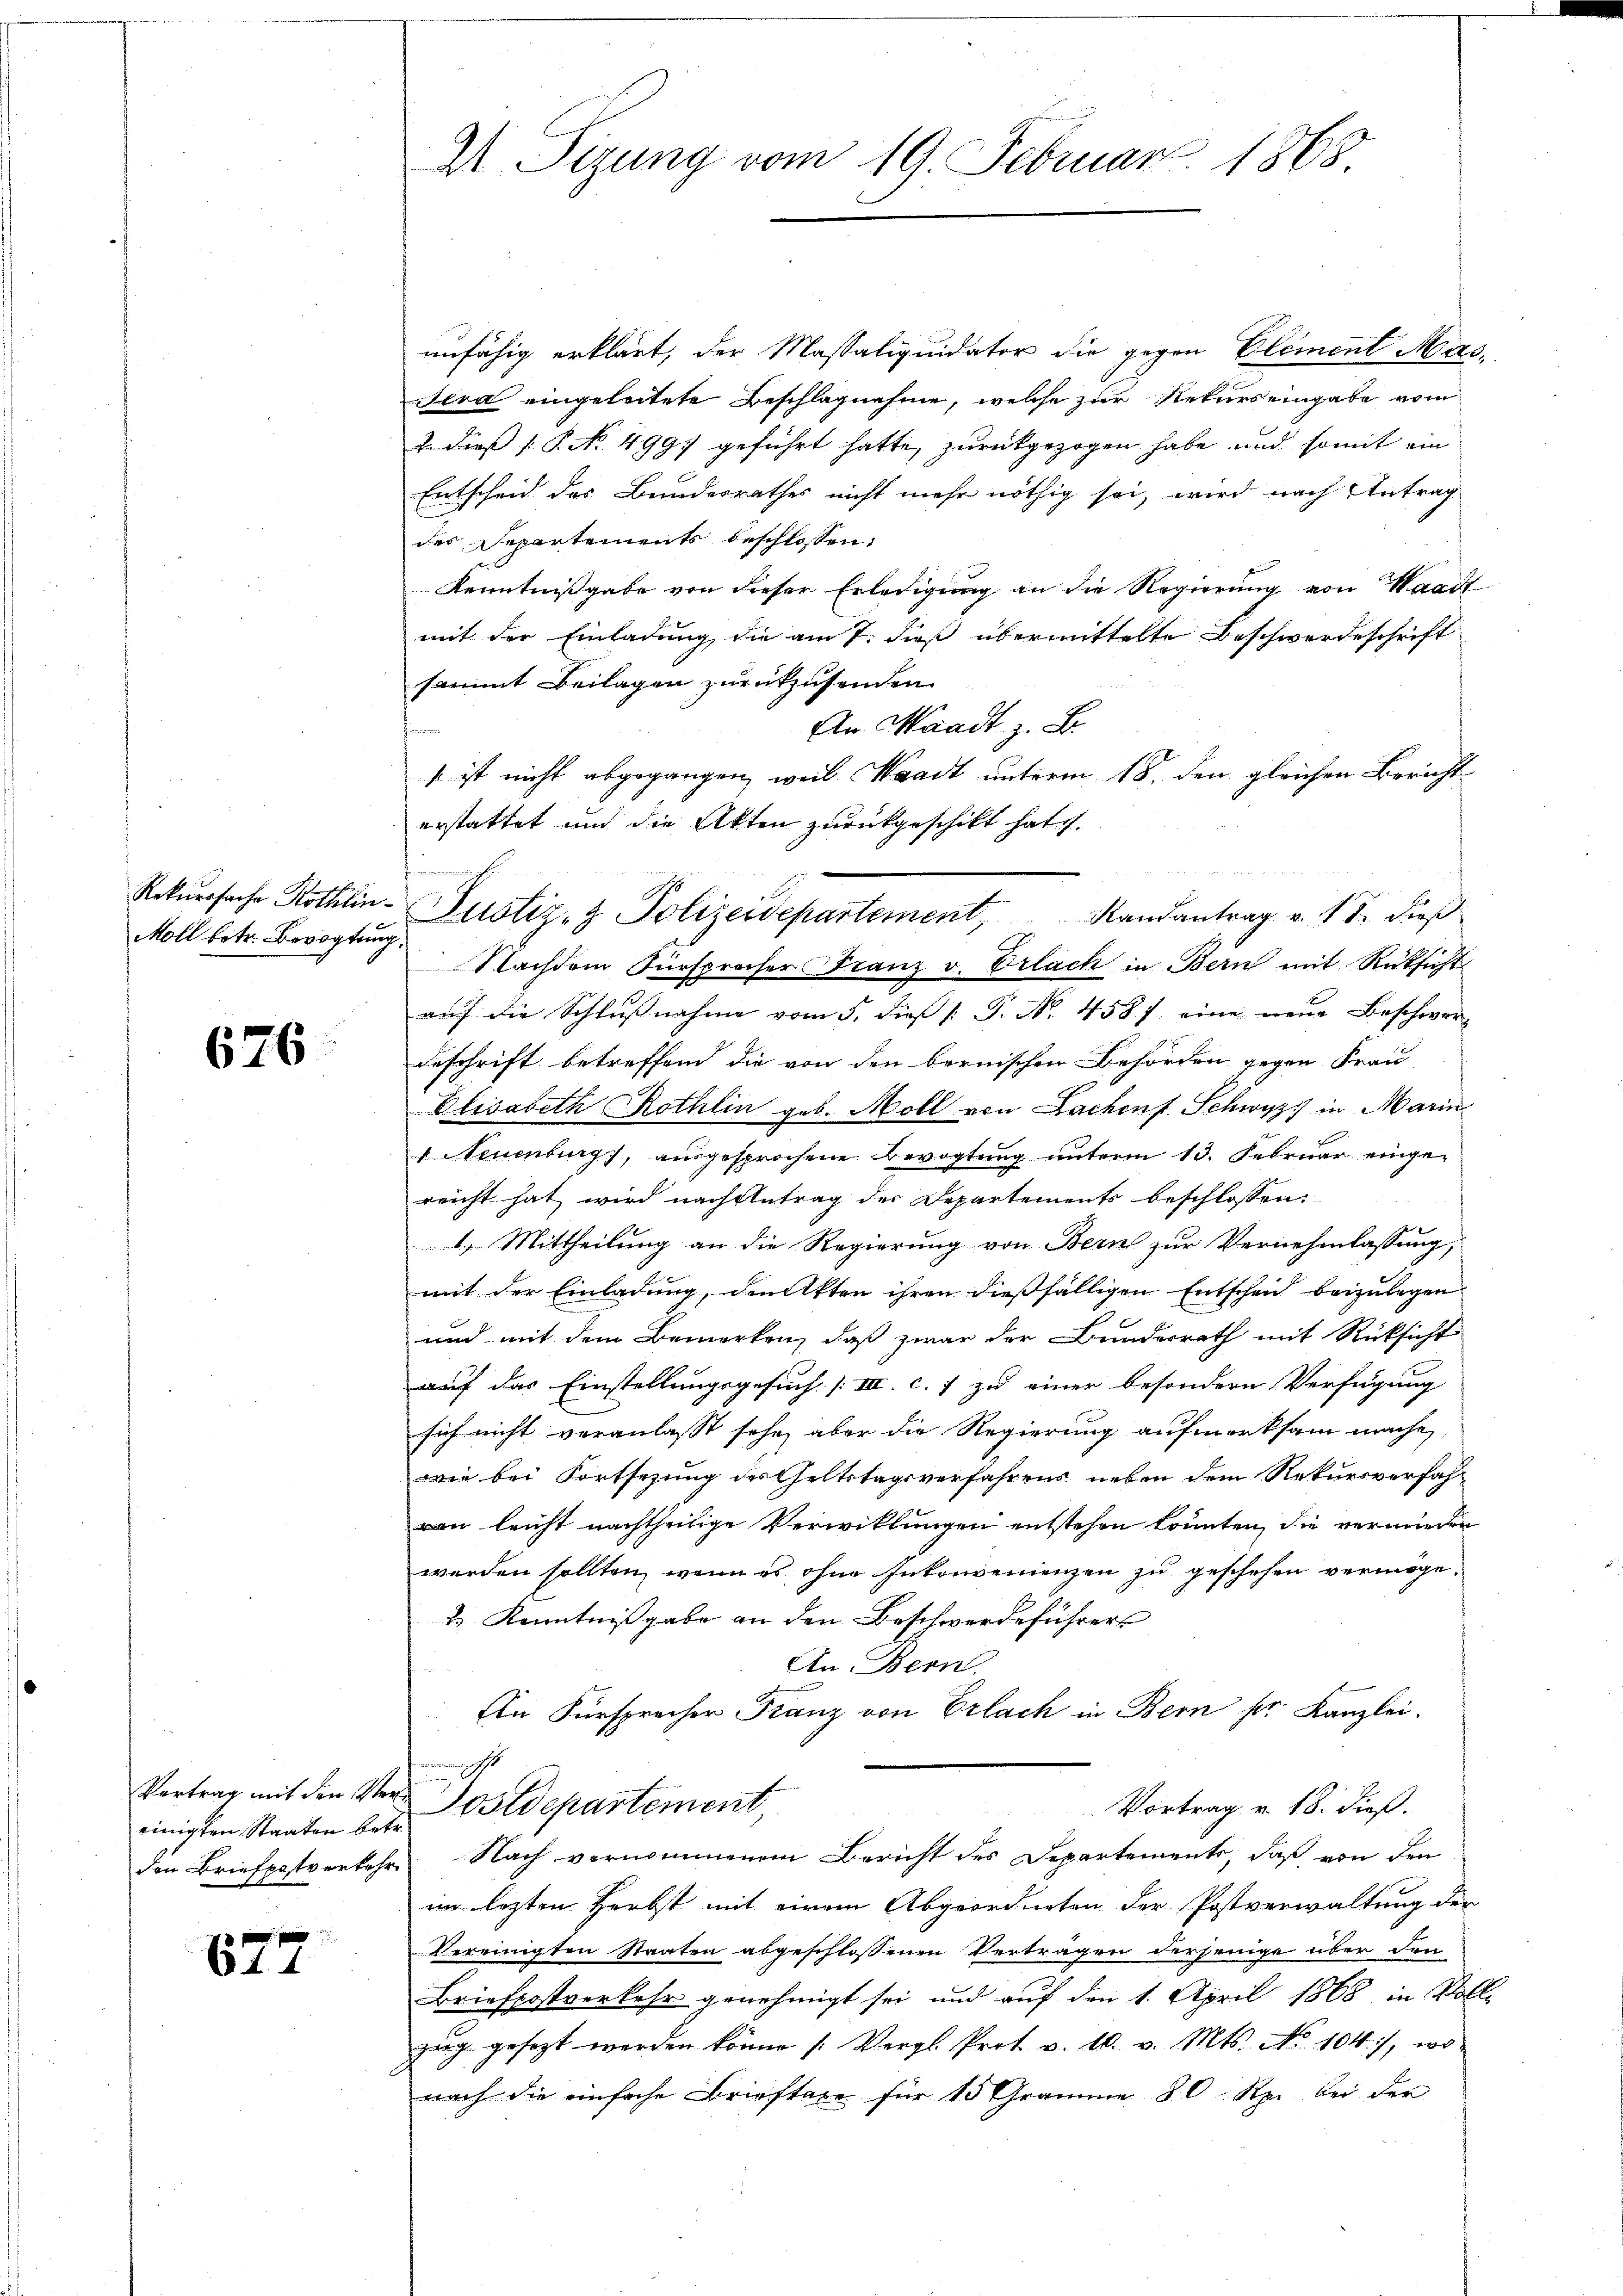
Moll betr. Bevogtung

676

Vertrag mit der Stern
einigten Staaten betr.

677

I Sizung vom 19. Februar 1868.

unfähig erklärt, der Massaliquidater die gegen Element Mars,
Jerd eingeleitete Beschlagnahme, welche zur Rekurs eingabe vom
2. dieß P. No. 4991 geführt hatte, zurückgezogen habe und somit ein
Entscheid des Bundesrathes nicht mehr nöthig sei, wird nach Antrag
des Departements beschlossen:
Kenntnißgabe von dieser Erledigung an die Regierung von Waadt
mit der Einladung die am 7. dieß übermittelte Beschwerdeschrift
sammt Beilagen zurückzusenden.
An Waadt z. B.
. ist nicht abgegangen, weil Waadt unterm 18. den gleichen Bericht
Nachdem Fürsprocher Franz v. Erlach in Bern mit Rücksicht
aŭf die Schlŭβnahme vom 5. dieβ (: P. Nr. 458 f. eine neue Beschwor¬
Beschrift betreffend die von den bernischen Behörden gegen Frau
Elisabeth Kothin geb. Moll von Lachen Schwyz in Marin
v Neuenburgs, ausgesprochene Bevogtung unterm 13. Februar eingereicht hat wird nachgetrag der Departements beschlossen:
1.) Mittheilung an die Regierung von Bern zur Vernehmlassung,
mit der Einladung, den Akten ihren dießfälligen Entscheid beizulegen
und mit dem Bemerken, daß zwar der Bundesrath mit Rücksicht
auf das Einstellungsgesuch [III. c. 7 zu einer besondern Verfügung
sich nicht veranlasst sehr, aber die Regierung aufmerksam mache,
wie bei Fortsetzung des Geltstagsverfahrens neben dem Rekursverfahran leicht nachtheilige Verwittungen entstehen könnten, die vermieder
werden sollten, wenn es ohne Inkonvenienzen zu geschehen vermöge.
& Kenntnißgabe an den Beschwerdeführers
An Bern.
3
An Fürsprecher Franz von Erlach in Bern pr. Kanzlei.
Postdepartement,
Vortrag v. 18. dieß.
den Briefpostverkehr Nach vernommenem Bericht des Departements, daß von den
ein lezten Herbst mit einem Abgeordneten der Postverwaltung der
Vereinigten Staaten abgeschlossenen Vertragen derjenige über den
Briefpostverkehr genehmigt sei und auf den 1. April 1868 in Vollzŭg gesezt werden könne /: Vergl. Prot. v. 10. v. Mts. No. 104), wo
nach die einfache Brieftaxe für 15 Gramme 80 Rp. bei der

erstattet und die Akten zurückgeschikt hat.
n
mnach
Rekŭrsache Kothin Justiz- & Polizeidepartement, Randantrag v. 18. dieß